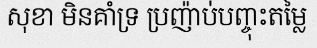
សុខា មិនគាំទ្រ ប្រញ៉ាប់បញ្ចុះតម្លៃ